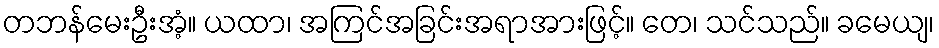
တဘန်မေးဦးအံ့။ ယထာ၊ အကြင်အခြင်းအရာအားဖြင့်။ တေ၊ သင်သည်။ ခမေယျ၊